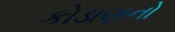
કોડાણનો